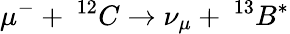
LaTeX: \mu^{-}+\: ^{12}C\rightarrow\nu_{\mu}+\: ^{13}B^{*}